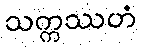
သက္ကဿဟံ